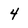
Character: 4